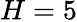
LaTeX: H=5